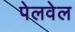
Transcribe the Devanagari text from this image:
पेलवेल